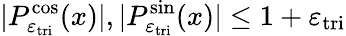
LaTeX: |P_{\varepsilon_{\mathrm{tri}}}^{\cos}(x)|,|P_{\varepsilon_{\mathrm{tri}}}^{\sin}(x)|\leq 1+\varepsilon_{\mathrm{tri}}